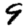
Digit: 9